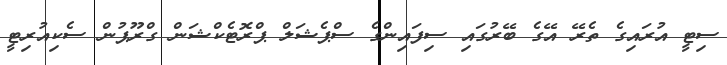
ސިޓީ އުރައިގެ ތެރޭ އޭގެ ބޭރުގައި ސިފައިންގެ ސްޕެޝަލް ޕްރޮޓެކްޝަން ގްރޫޕުން ސެކިއުރިޓީ